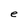
Character: e